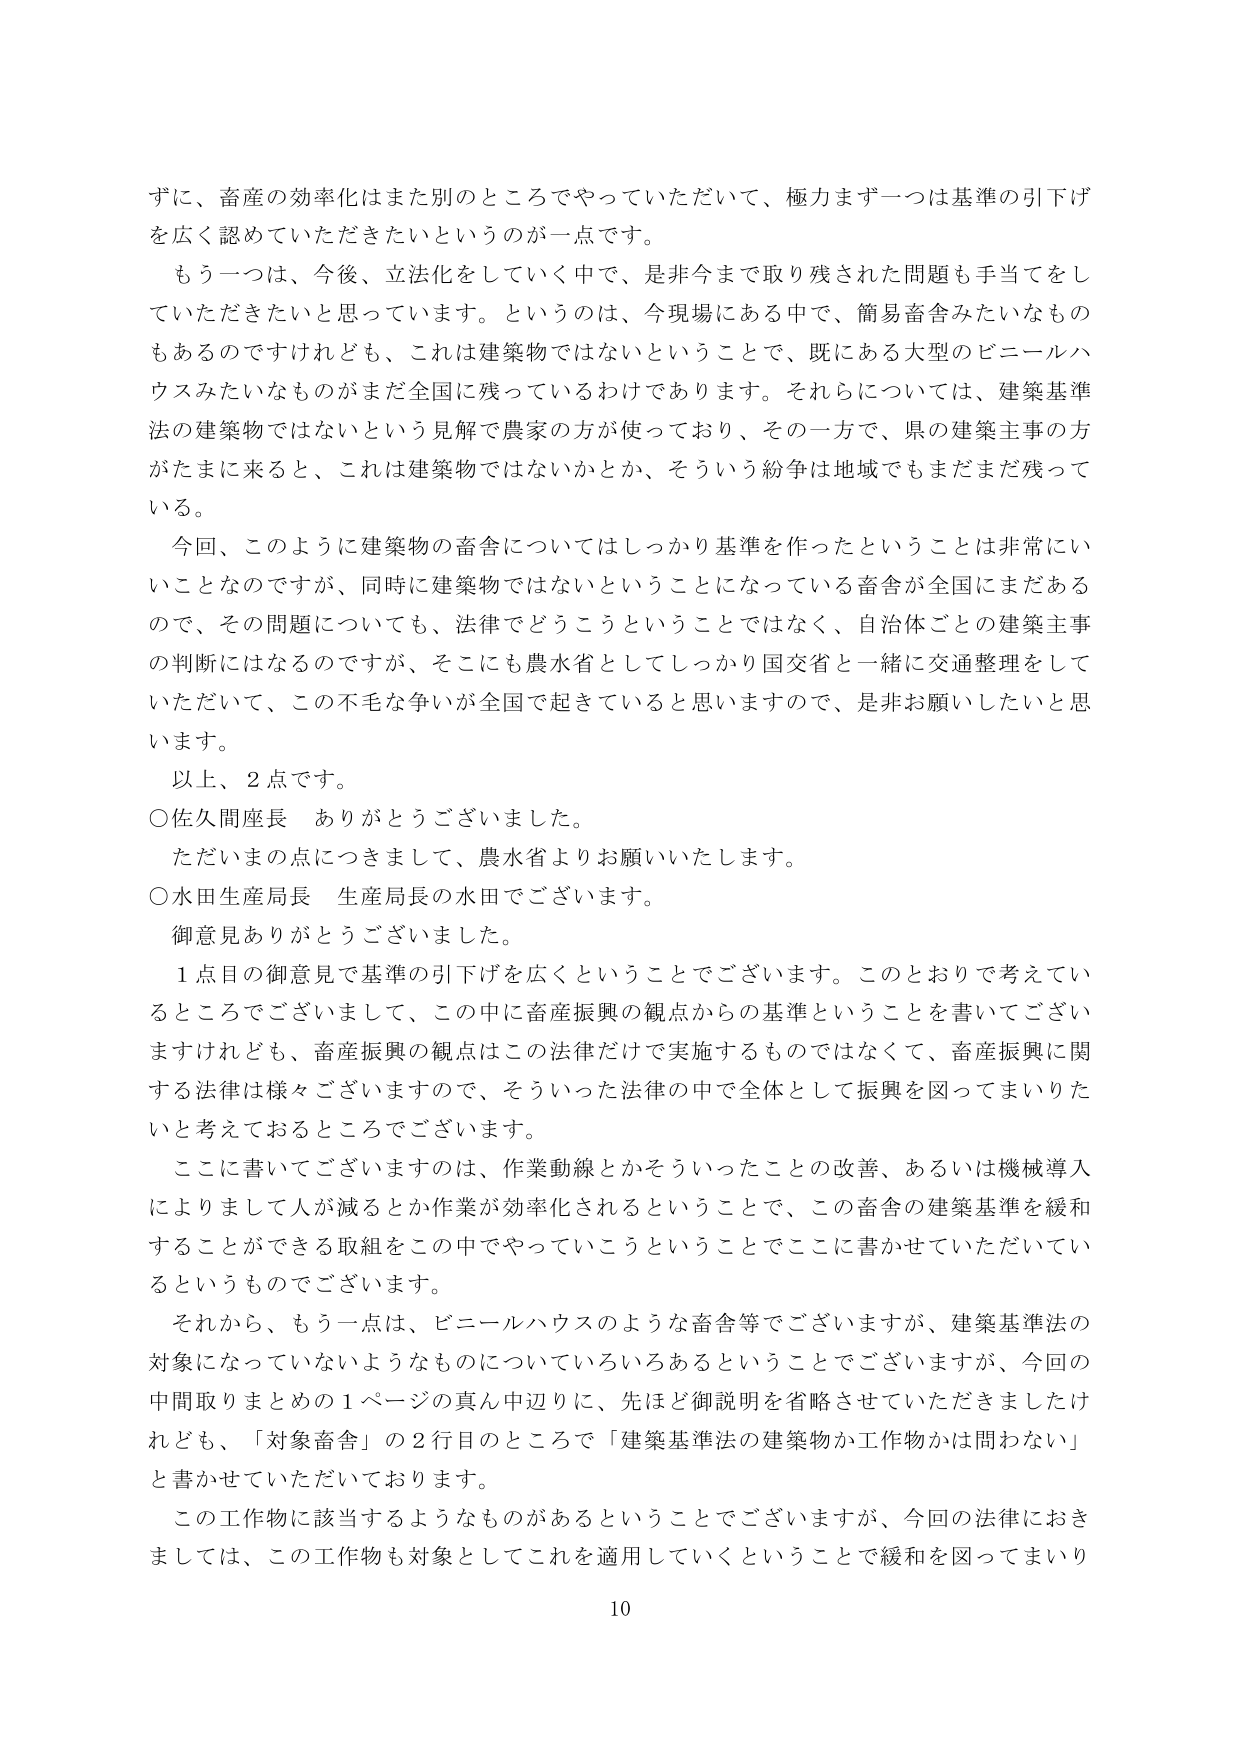
ずに、畜産の効率化はまた別のところでやっていただいて、極力まず一つは基準の引下げを広く認めていただきたいというのが一点です。

もう一つは、今後、立法化をしていく中で、是非今まで取り残された問題も手当てをしていただきたいと思っています。というのは、今現場にある中で、簡易畜舎みたいなものもあるのですけれども、これは建築物ではないということで、既にある大型のビニールハウスみたいなものがまだ全国に残っているわけであります。それらについては、建築基準法の建築物ではないという見解で農家の方が使っており、その一方で、県の建築主事の方がたまに来ると、これは建築物ではないかとか、そういう紛争は地域でもまだまだ残っている。

今回、このように建築物の畜舎についてはしっかり基準を作ったということは非常にいいことなのですが、同時に建築物ではないということになっている畜舎が全国にまだあるので、その問題についても、法律でどうこうということではなく、自治体ごとの建築主事の判断にはなるのですが、そこにも農水省としてしっかり国交省と一緒に交通整理をしていただいて、この不毛な争いが全国で起きていると思いますので、是非お願いしたいと思います。

以上、2点です。

○佐久間座長　ありがとうございました。

ただいまの点につきまして、農水省よりお願いいたします。

○水田生産局長　生産局長の水田でございます。

御意見ありがとうございました。

1点目の御意見で基準の引下げを広くということでございます。このとおりで考えているところでございまして、この中に畜産振興の観点からの基準ということを書いてございますけれども、畜産振興の観点はこの法律だけで実施するものではなくて、畜産振興に関する法律は様々ございますので、そういった法律の中で全体として振興を図ってまいりたいと考えておるところでございます。

ここに書いてございますのは、作業動線とかそういったことの改善、あるいは機械導入によりまして人が減るとか作業が効率化されるということで、この畜舎の建築基準を緩和することができる取組をこの中でやっていこうということでここに書かせていただいてい るというものでございます。

それから、もう一点は、ビニールハウスのような畜舎等でございますが、建築基準法の対象になっていないようなものについていろいろあるということでございますが、今回の中間取りまとめの1ページの真ん中辺りに、先ほど御説明を省略させていただきましたけれども、「対象畜舎」の2行目のところに「建築基準法の建築物か工作物かは問わない」と書かせていただいております。

この工作物に該当するようなものがあるということでございますが、今回の法律におきましては、この工作物も対象としてこれを適用していくということで緩和を図ってまいり

10